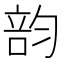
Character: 𥪇